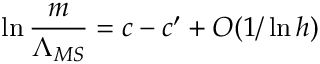
\ln \frac { m } { \Lambda _ { M S } } = c - c ^ { \prime } + O ( 1 / \ln h )